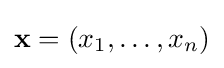
\mathbf {x} =(x_{1},\dots ,x_{n})